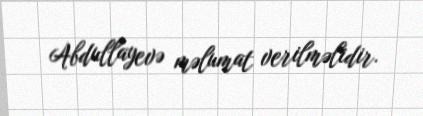
Abdullayevə məlumat verilməlidir.